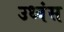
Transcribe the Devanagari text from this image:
उध्वंस